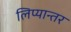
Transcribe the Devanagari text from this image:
लिप्यान्तर